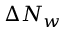
\Delta N _ { w }